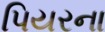
પિયરના